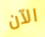
الآن